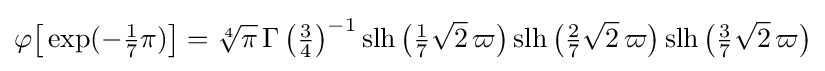
\varphi {\bigl [}\exp(-{\tfrac {1}{7}}\pi ){\bigr ]}={\sqrt[{4}]{\pi }}\,{\Gamma \left({\tfrac {3}{4}}\right)}^{-1}\operatorname {slh} {\bigl (}{\tfrac {1}{7}}{\sqrt {2}}\,\varpi {\bigr )}\operatorname {slh} {\bigl (}{\tfrac {2}{7}}{\sqrt {2}}\,\varpi {\bigr )}\operatorname {slh} {\bigl (}{\tfrac {3}{7}}{\sqrt {2}}\,\varpi {\bigr )}